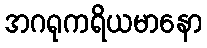
အဂရုကရိယမာနော